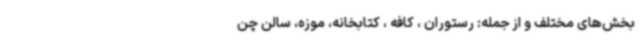
بخش‌های مختلف و از جمله: رستوران ، کافه ، کتابخانه، موزه، سالن چن